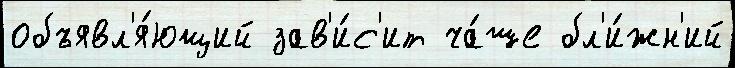
объявл'я́ющий зав'и́с'ит ча́ше бл'и́жн'ий